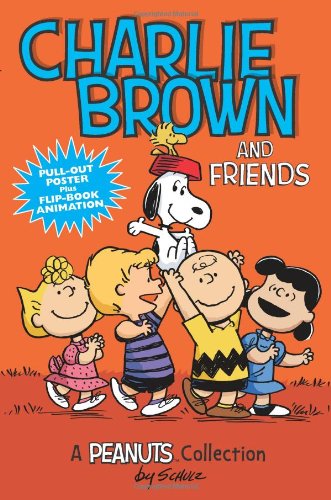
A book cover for Charlie Brown and Friends: A Peanuts Collection (Amp! Comics for Kids); Charles M. Schulz; Children's Books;